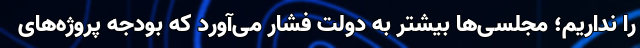
را نداریم؛ مجلسی‌ها بیشتر به دولت فشار می‌آورد که بودجه پروژه‌های